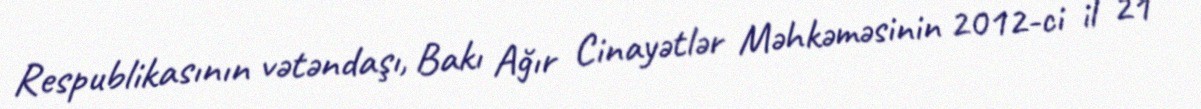
Respublikasının vətəndaşı, Bakı Ağır Cinayətlər Məhkəməsinin 2012-ci il 21